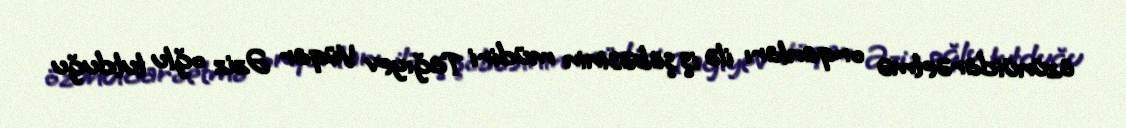
özünüidarəetmə orqanları ilə iş şöbəsinin müdiri Tağıyev Vüqar Əziz oğlu tutduğu